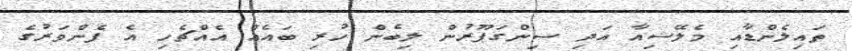
ތައިލެންޑާއި މެލޭޝިއާ އަދި ސިންގަޕޫރުން ލިބެން ހުރި ބައެއް އެއްޗެހި އެ ފެންވަރުގެ